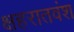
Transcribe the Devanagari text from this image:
क्षहरातवंश